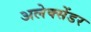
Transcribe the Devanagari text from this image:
अलेक्सेंडर